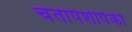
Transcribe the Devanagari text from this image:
चेतापेशीपैकी